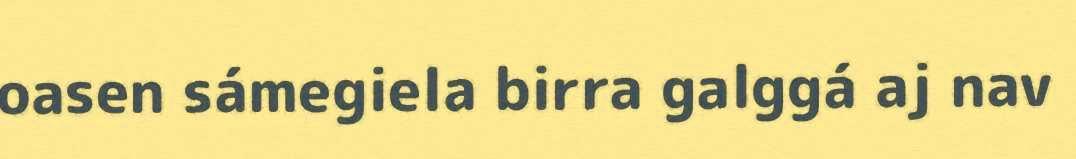
oasen sámegiela birra galggá aj nav